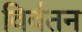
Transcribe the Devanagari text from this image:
विर्वतन